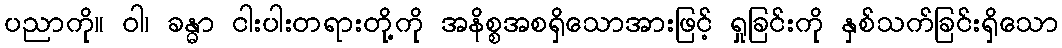
ပညာကို။ ဝါ၊ ခန္ဓာ ငါးပါးတရားတို့ကို အနိစ္စအစရှိသောအားဖြင့် ရှုခြင်းကို နှစ်သက်ခြင်းရှိသော